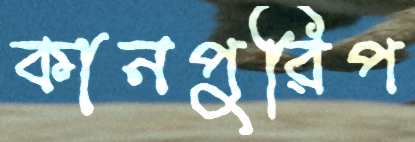
কানপুরিপ